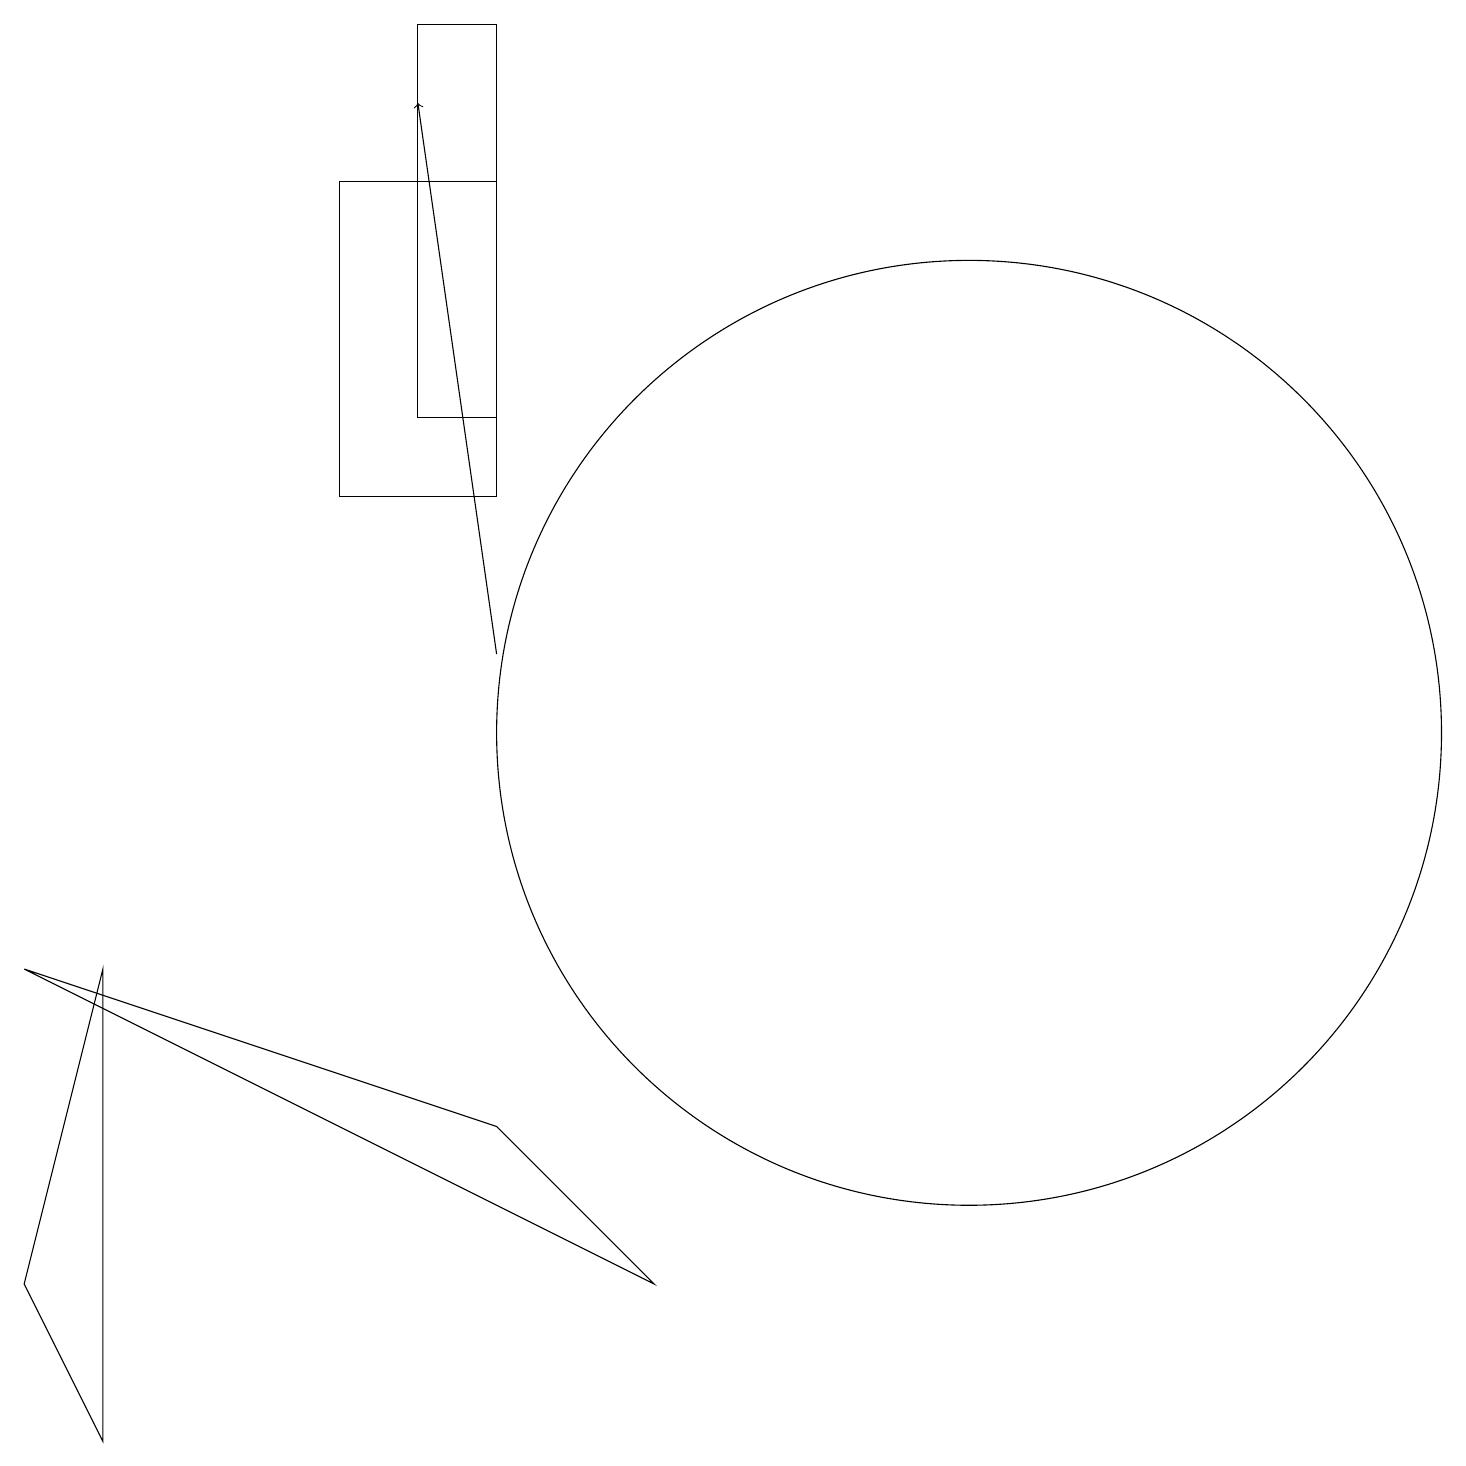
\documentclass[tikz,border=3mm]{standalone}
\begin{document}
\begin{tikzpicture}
\draw (6,14) rectangle (5,19);
\draw (8,3) -- (6,5) -- (0,7) -- cycle;
\draw (6,13) rectangle (4,17);
\draw (0,3) -- (1,7) -- (1,1) -- cycle;
\draw[->] (6,11) -- (5,18);
\draw (12,10) circle (6);
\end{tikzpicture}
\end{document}